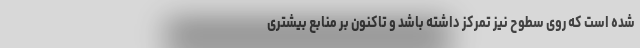
شده است که روی سطوح نیز تمرکز داشته باشد و تاکنون بر منابع بیشتری